Civil Veterinary Dept. Assam report 1911-1927 - 1911-1927
Year: 1911
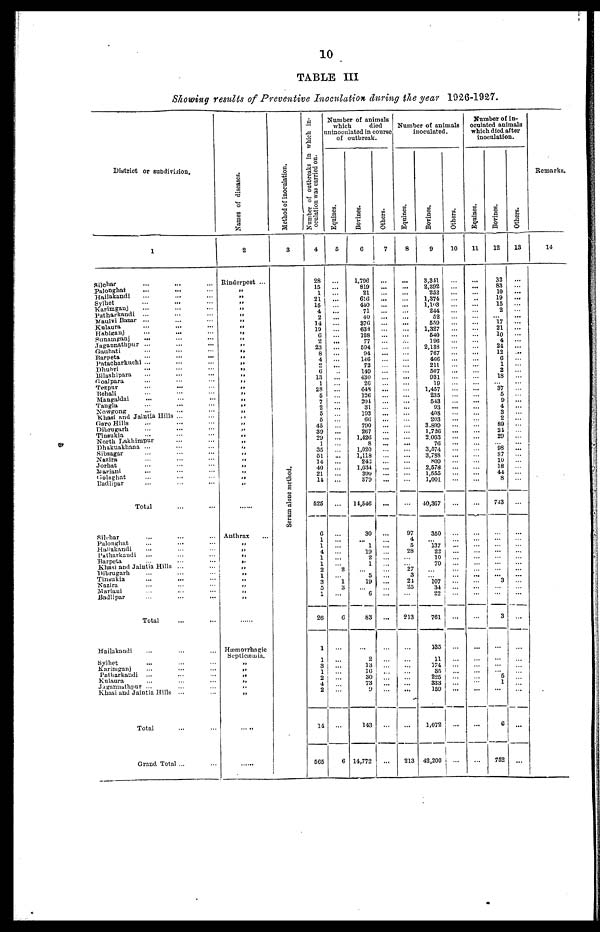
10
TABLE III
Showing results of Preventive Inoculation (hiring the year 1926-1927.
District or subdivision.
1
Silchar ... ... ...
Palonghat ... ... ...
Hailakandi ... ... ...
Sylhct ... ... ...
Karimgauj ... ... ...
Patharkandi
... ... ...
Maulvi Bazar ... ... ...
Kulaura ... ... ...
Habiganj ... ... ...
Sunainganj ... ... ...
Jagannathpur ... ... ...
Gauhati ... ... ...
Barpeta ... ... ...
Patacharkuchi ... ... ...
Dhubri ... ... ...
Bilashipara ... ... ...
Goalpara ... ... ...
Tezpur ... ... ...
Behali ... ... ...
Mangaldai ... ... ...
Tangla ... ... ...
Nowgong ... ... ...
Khasi and Jaintia Hills ...
Garo Hills ... ... ...
Dibrugarh ... ... ...
Tinaukia ... ... ...
North Lakhimpur ... ...
Dhakuakhana ... ... ...
Sibsagar ... ... ...
Nazira ... ... ...
Jorhat ... ... ...
Mariani ... ... ...
Golaghat ... ... ...
Badlipar ... ... ...
Total ... ...
Silchar ... ... ...
Palonghat ... ... ...
Hailakandi ... ... ...
Patharkandi ... ... ...
Barpeta ... ... ...
Khusi and Jaintia Hills ... ...
Dibrugarh ... ... ...
Tinsukia ... ... ...
Nazira ... ... ...
Mariani ... ... ...
Badlipar ... ... ...
Total ... ...
Hailakandi ... ... ...
Sylhet ... ... ...
Karimganj ... ... ...
Patharkandi ... ... ...
Kulaura ... ... ...
Jagannathpur ... ... ...
Khusi and Jaintia Hills ... ...
Total ... ...
Grand Total ... ...
Names of diseases.
2
Rinderpest ...
„
„ „
„ „
„
„
„ „
„
„ „
„
„
„
„
„
„
„
„
„
„
„
„
„
„
„
„
„
„
„
„
„
Anthrax …
„
„
„
„
„
„
„ „
„
„
......
Hæmorrhagic
Septicæmia.
„
„
„
„
„
......
......
Method of inoculation.
3
Serum alone method.
Number of outbreaks in which in-
oculation was carried on.
4
28
15
1
21
15
4
2
14
19
6
2
23
8
4
6
13
1
28
5
7
2
5
5
45
39
29
1
35
61
14
40
21
14
525
6
1
1
4
1
1
2
1
3
5
1
26
1
1
3
1
2
4
2
14
565
Number of animals
which
died
uninoculated in course
of outbreak.
Equines.
5
...
...
... ...
... ...
...
...
... ...
...
...
...
... ...
...
... ...
... ...
...
...
...
....
...
... ...
...
...
... ...
...
...
...
...
...
...
...
...
...
...
2
... 1
3
...
6
...
...
...
... ...
...
...
...
6
Bovines.
6
1,796
819
21
616
440
71
40
376
633
108
77
594
94
146
72
149
430
26
648
120
204
31
193
66
790
267
1,426
8
1,020
1,118
243
1,034
390
379
14,546
30
...
1
19
2
1
...
5
19
...
6
83
...
2
13
10 30
73
9
143
14,772
Others.
7
...
...
... ...
...
...
...
...
... ...
...
... ...
... ...
...
... ...
... ...
...
...
...
...
...
... ...
...
...
... ...
...
...
...
...
...
...
...
...
...
...
...
...
...
...
...
...
...
...
...
... ...
...
...
...
...
Number of animals
inoculated.
Equines.
8
...
...
...
...
... ...
...
...
... ...
...
... ...
... ...
...
... ...
... ...
...
...
...
...
...
... ...
...
...
... ...
...
...
...
...
97
4
5
28
...
...
27
3
21
25
...
213
...
...
...
... ...
...
...
...
213
Bovines.
9
3,311
2,392
252
1,374
l,l03
244
52
559
1,327
640
196
2,133
767
466
211
507
931
19
1,457
235
043
03
408
203
3,899
1,726
2.003
76
3,574
3,788
809
2,578
1,555
1,001
40,367
350
...
137
23
10
70
...
107
34
99
761
135
11
174
35
225
333
159
1,072
42,200
Others.
10
...
...
... ...
... ...
...
... ...
...
...
...
...
... ...
... ...
...
...
...
...
...
... ...
...
...
... ...
...
...
...
...
...
...
...
...
...
...
...
...
...
...
...
...
...
...
...
... ...
...
...
...
...
Number of in-
oculated animals
which died after
inoculation.
Equines.
11
...
...
...
...
... ...
...
...
... ...
...
...
… …
…
…
...
... ...
...
...
...
...
...
...
...
...
... ...
...
...
...
...
...
...
...
...
...
...
...
...
...
...
...
...
...
...
...
... ...
...
...
...
...
Bovines.
12
32
83
10
19
15
2
... 17
21
10
4
24 12
6
1
2
18
37
6
9
4
3
2
89
21
29
... 98
87
10
18
44
8
743
...
...
...
...
...
...
...
... 3
...
...
3
...
...
...
... 5
1
...
6
752
Others.
13
...
...
... ...
...
...
...
...
... ...
...
... ...
...
...
...
... ...
... ...
...
...
...
...
...
... ...
...
...
...
...
...
...
...
...
...
...
...
...
...
...
...
...
...
...
...
...
...
...
...
... ...
...
...
...
...
Remarks.
14